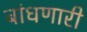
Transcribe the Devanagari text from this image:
बांधणारी